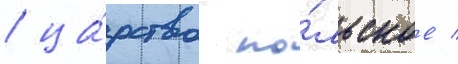
/ ца́рство по́льское /